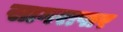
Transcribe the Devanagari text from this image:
सागरापार